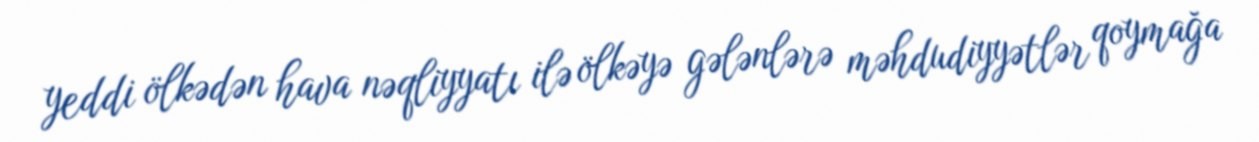
yeddi ölkədən hava nəqliyyatı ilə ölkəyə gələnlərə məhdudiyyətlər qoymağa